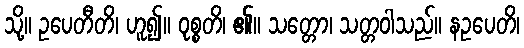
သို့။ ဥပေတီတိ၊ ဟူ၍။ ဝုစ္စတိ၊ ၏။ သတ္တော၊ သတ္တဝါသည်။ နဥပေတိ၊